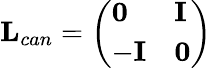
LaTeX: \mathbf{L}_{can}=\left(\begin{array}{ll}{\mathbf{0}}&{\mathbf{I}}\\ {-\mathbf{I}}&{\mathbf{0}}\end{array}\right)